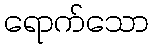
ရောက်သော